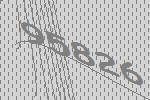
95826